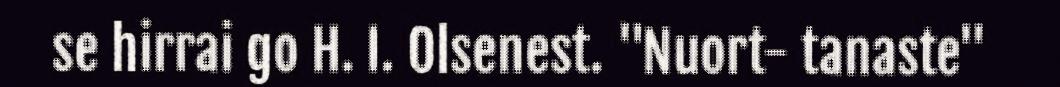
se hirrai go H. I. Olsenest. "Nuort- tanaste"